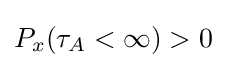
P_{x}(\tau _{A}<\infty )>0